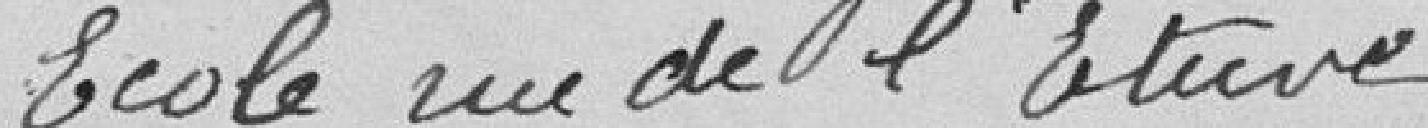
Ecole rue de l'Etuve